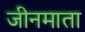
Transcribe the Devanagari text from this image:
जीनमाता